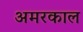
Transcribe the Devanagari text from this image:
अमरकाल